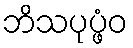
ဘိသပုပ္ဖံဝ